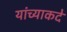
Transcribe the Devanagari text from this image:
यांच्याकदे